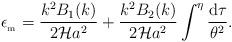
LaTeX: \begin{align*}\epsilon _{_{\rm m}}=\frac{k^2B_1(k)}{2{\cal H}a^2}+\frac{k^2B_2(k)}{2{\cal H}a^2} \int ^{\eta }\frac{{\rm d}\tau}{\theta ^2}.\end{align*}